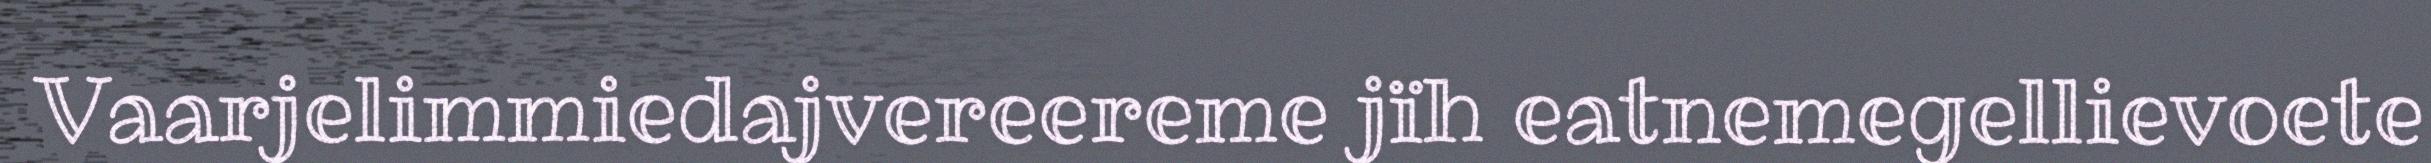
Vaarjelimmiedajvereereme jïh eatnemegellievoete